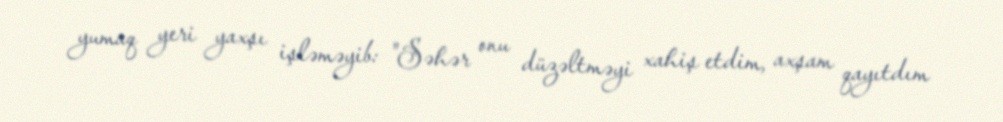
yumaq yeri yaxşı işləməyib: "Səhər onu düzəltməyi xahiş etdim, axşam qayıtdım